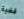
قضية